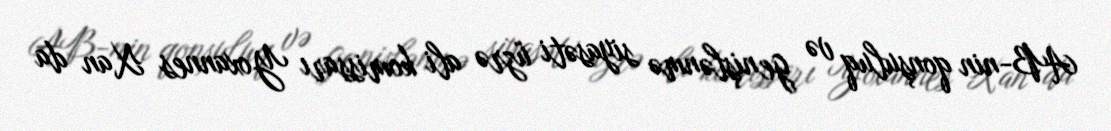
AB-nin qonşuluq və genişlənmə siyasəti üzrə ali komissarı Yoxannes Xan da